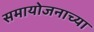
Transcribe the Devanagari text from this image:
समायोजनाच्या